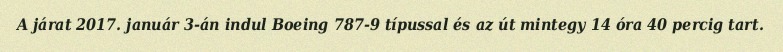
A járat 2017. január 3-án indul Boeing 787-9 típussal és az út mintegy 14 óra 40 percig tart.